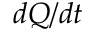
d Q / d t